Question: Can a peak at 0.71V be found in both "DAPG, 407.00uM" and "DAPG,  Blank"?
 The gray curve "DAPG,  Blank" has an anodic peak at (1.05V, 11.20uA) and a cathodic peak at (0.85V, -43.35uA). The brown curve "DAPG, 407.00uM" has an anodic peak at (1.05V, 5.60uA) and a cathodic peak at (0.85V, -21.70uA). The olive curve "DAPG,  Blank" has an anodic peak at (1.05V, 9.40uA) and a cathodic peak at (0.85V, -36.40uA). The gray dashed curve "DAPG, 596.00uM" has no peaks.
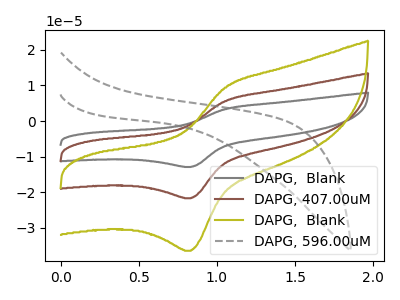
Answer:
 <answer>No, "DAPG, 407.00uM" and "DAPG,  Blank" dont share a peak at 0.71V.</answer>
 <eval>mismatch</eval>